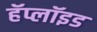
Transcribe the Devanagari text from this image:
हॅप्लॉइड